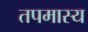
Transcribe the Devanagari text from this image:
तपमास्य